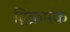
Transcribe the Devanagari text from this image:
द्विक्रमक